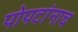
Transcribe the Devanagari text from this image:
पोपटांनाच